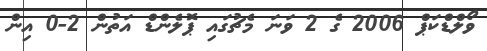
ވޯލްޑްކަޕް 2006 ގެ 2 ވަނަ މެޗުގައި ޕޮލެންޑް އަތުން 2-0 އިން